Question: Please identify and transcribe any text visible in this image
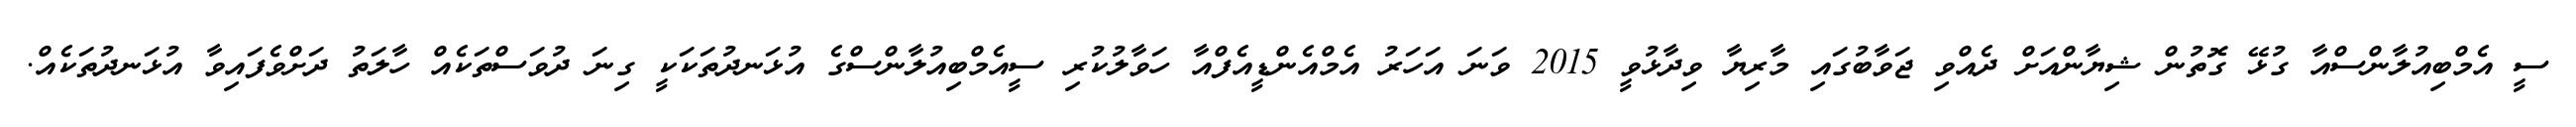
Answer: ސީ އެމްބިއުލާންސްއާ ގުޅޭ ގޮތުން ޝިޔާންއަށް ދެއްވި ޖަވާބުގައި މާރިޔާ ވިދާޅުވީ 2015 ވަނަ އަހަރު އެމްއެންޑީއެފްއާ ހަވާލުކުރި ސީއެމްބިއުލާންސްގެ އުޅަނދުތަކަކީ ގިނަ ދުވަސްތަކެއް ހާލަތު ދަށްވެފައިވާ އުޅަނދުތަކެއް.